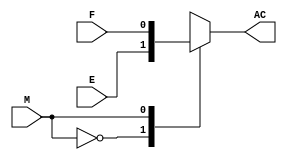
// WARNING: Do NOT edit the input and output ports in this file in a text
// editor if you plan to continue editing the block that represents it in
// the Block Editor! File corruption is VERY likely to occur.

// Copyright (C) 1991-2016 Altera Corporation. All rights reserved.
// Your use of Altera Corporation's design tools, logic functions
// and other software and tools, and its AMPP partner logic
// functions, and any output files from any of the foregoing
// (including device programming or simulation files), and any
// associated documentation or information are expressly subject
// to the terms and conditions of the Altera Program License
// Subscription Agreement, the Altera Quartus Prime License Agreement,
// the Altera MegaCore Function License Agreement, or other
// applicable license agreement, including, without limitation,
// that your use is for the sole purpose of programming logic
// devices manufactured by Altera and sold by Altera or its
// authorized distributors.  Please refer to the applicable
// agreement for further details.


// Generated by Quartus Prime Version 16.0 (Build Build 211 04/27/2016)
// Created on Fri Sep 23 11:48:21 2016

//  Module Declaration
module multiplexer
(
// {{ALTERA_ARGS_BEGIN}} DO NOT REMOVE THIS LINE!
M, E, F, AC
// {{ALTERA_ARGS_END}} DO NOT REMOVE THIS LINE!
);
// Port Declaration

// {{ALTERA_IO_BEGIN}} DO NOT REMOVE THIS LINE!
input M;
input E;
input F;
output reg AC;
// {{ALTERA_IO_END}} DO NOT REMOVE THIS LINE!


always @(*)
begin
	case({M})
		1'b0: AC = E;
		1'b1: AC = F;
	endcase
end




endmodule